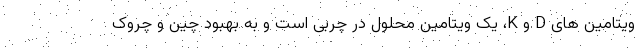
ویتامین های D و K، یک ویتامین محلول در چربی است و به بهبود چین و چروک